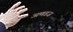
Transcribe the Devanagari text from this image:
अणडज